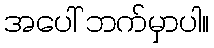
အပေါ် ဘက်မှာပါ။